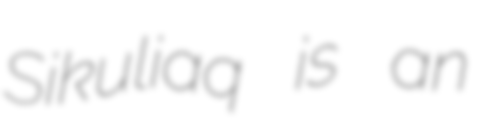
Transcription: Sikuliaq is an